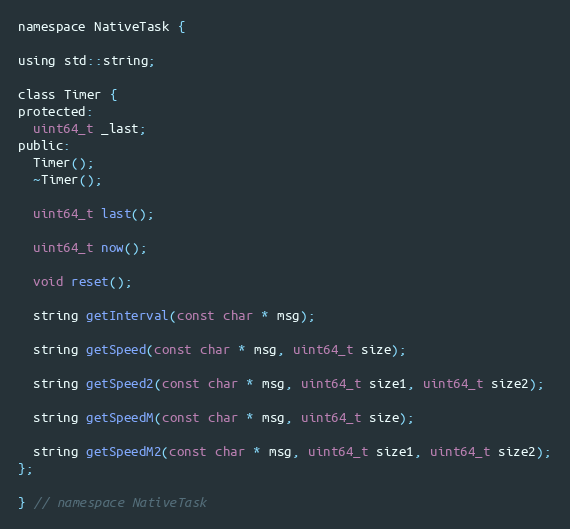
Language: C
namespace NativeTask {

using std::string;

class Timer {
protected:
  uint64_t _last;
public:
  Timer();
  ~Timer();

  uint64_t last();

  uint64_t now();

  void reset();

  string getInterval(const char * msg);

  string getSpeed(const char * msg, uint64_t size);

  string getSpeed2(const char * msg, uint64_t size1, uint64_t size2);

  string getSpeedM(const char * msg, uint64_t size);

  string getSpeedM2(const char * msg, uint64_t size1, uint64_t size2);
};

} // namespace NativeTask